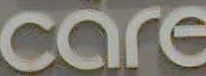
care